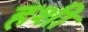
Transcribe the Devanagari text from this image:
हशी